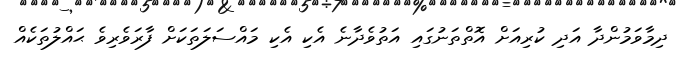
ދިމާވަމުންދާ އަދި ކުރިއަށް އޮތްތަނުގައި އަތުވެދާނެ އެކި އެކި މައްސަލަތަކަށް ފާރަވެރިވެ ޙައްލުތަކެއް